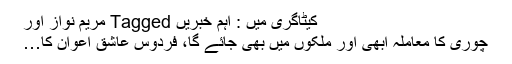
کیٹاگری میں : اہم خبریں Tagged مریم نواز اور
چوری کا معاملہ ابھی اور ملکوں میں بھی جائے گا، فردوس عاشق اعوان کا…